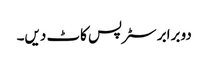
دو برابر سٹرپس کاٹ دیں۔